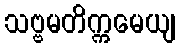
သဗ္ဗမတိက္ကမေယျ